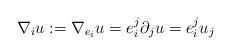
LaTeX: \begin{align*}\nabla_i u:=\nabla_{e_i}u= e_i^j \partial_ju=e_i^ju_j\end{align*}